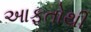
આફતોથી